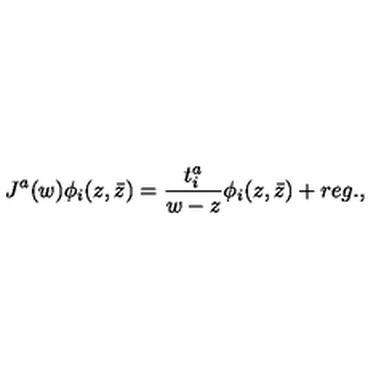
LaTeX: J ^ { a } ( w ) \phi _ { i } ( z , \bar { z } ) = { \frac { t _ { i } ^ { a } } { w - z } } \phi _ { i } ( z , \bar { z } ) + r e g . ,